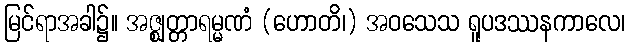
မြင်ရာအခါ၌။ အဇ္ဈတ္တာရမ္မဏံ (ဟောတိ၊) အဝသေသ ရူပဒဿနကာလေ၊